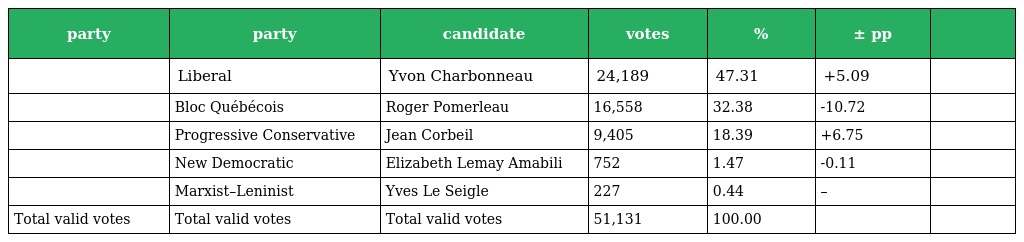
| party | party | candidate | votes | % | ± pp |  |
 | --- | --- | --- | --- | --- | --- | --- |
 |  | Liberal | Yvon Charbonneau | 24,189 | 47.31 | +5.09 |  |
 |  | Bloc Québécois | Roger Pomerleau | 16,558 | 32.38 | -10.72 |  |
 |  | Progressive Conservative | Jean Corbeil | 9,405 | 18.39 | +6.75 |  |
 |  | New Democratic | Elizabeth Lemay Amabili | 752 | 1.47 | -0.11 |  |
 |  | Marxist–Leninist | Yves Le Seigle | 227 | 0.44 | – |  |
 | Total valid votes | Total valid votes | Total valid votes | 51,131 | 100.00 |  |  |